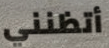
أتظنني